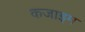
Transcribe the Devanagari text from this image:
कजाइम